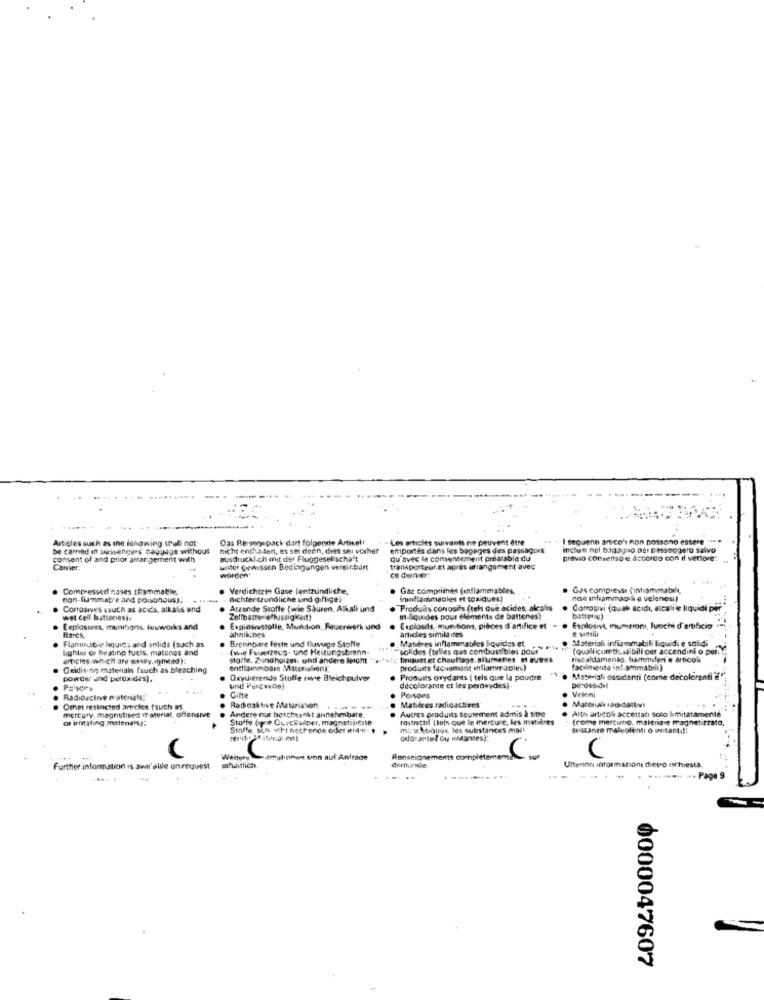
Articles such as the ichowing shall not"
Das Re sonepack dart folgende Artikel!
- Les articles suivants ne peuvent être
I seguenti artico's non possono essere ***
be carried in tussengues Baggage without
nicht enthalen, es sei denn, dies sei vorher
emportés dans les bagages des passagers
ileti nel bagaglio ost passeggero salvo
consent of and prior arrangement with
ausdruckl.ch mit der Fluggesellschaft
qu'avec le comencemellt
ement prearable du
previo consenso e ascorto con il vettore:
Carrier;
unter gewissen Bedingungen vereinbart
transporteur.et après arrangement avec
worden'
Compressed nases tfiammatile.
Verdichtet= Gase lentzundliche,
Gaz compriinds (anflameables,
Gas compresse (infiammabili,
non-fiammabre and poronous):
.nichtertzundliche und giftige)
inflammables et tosiques?
noe infiammagili e velenosi)
Corrosives ssuch as acids, alkalis and
Atrende Stoffe (wie Sauren, Alkali und
Produas conosils (tels Que acides, alealis
Corrosivi (ouat acıdı, alcalile liquidi por
wet cell batteriesis
et liquides pour elements de batteries!
battery?
Explosives, munitions, luuworks and
ahnliches
Explosivstolle, Munition, Feuerwerk und
Explosie munitions, pièces d'artifice et
articles similaires
Esplosivi, munizioni, lucchi d'artificio
Flamingble houids and solids (such as
Hlases,
Brennbare feste und flusuge Stolte
Matières inflammables liquides et
Materiali infiammabili liquidi e solidi
lighter of heating fuels, matones and
(witt Feuerzeug- und Heizungsbrenn-
solides (telles que combustibles pour""
"(quali icombustibili per accendini o per.
artcies which are'ex-dely.ihned):
stolte. Zuandhoizes, undl'andere leicht
briquet et chauttage, alumettes # autres
riscaldamento fiammiferi e arbcol
Oxidising materials (such as bleaching
entflammbarn Materialien]"
produits fachsemant enflammableu)
facilmente infiammabili)
powder and'peroxides).
Oxydierende Stoffe iwie Bleichpulver
Produits oxydants [ tels que la poudre
Materiali ossidanti (come decoloranti
Palsors
Gitte
decolorante et les peroxydes) .
Velloni
Denoss-dal
Radioactive materials:"
Matières radioattires
PorSons
Othet restricted articles fsuch as
mercury. magnutised vr aterial, offensive
Radioaktive Maturiaten,
Autres produits seulement admis à titre
Matenal tat-cattivi
Alth articoli accettati solo limitatamente
of irritating materiais):
Stoffe (ope Co/ckullper, magneticite
Andere nur beschtenkt annehmbare.
rostnacad (lets que le mercure, les matières
frome mercato. materia e magnet zzato,
Stoffe, sch iert nechenoe oder unt. .
mais Stiques, les substances mall
odorante! ou undantes):
Wenery
tul onen son auf Anfrage
Renseignements complètemen
C
Further information Is aedll'alile on request
shaitlich
derende:
Ulteriori informazioni dietro richiesta.
- Page 9
0000047607